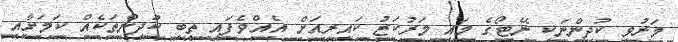
މަރުވި ކުދިންނަކީ ނޭޓޯގެ މައި މަރުކަޒު ކައިރިއަށް އެއްވެފައި ތިބި ކުދިންތަކެއް ކަމަށާއި